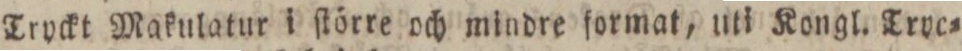
Tryckt Makulatur i ſtörre och mindre format, uti Kongl. Trye=